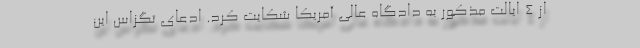
از ۴ ایالت مذکور به دادگاه عالی آمریکا شکایت کرد. ادعای تگزاس این